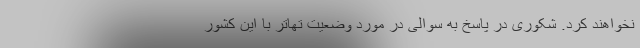
نخواهند کرد. شکوری در پاسخ به سوالی در مورد وضعیت تهاتر با این کشور